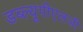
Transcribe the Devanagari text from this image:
डब्ल्यूपीएलजी